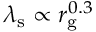
\lambda _ { \mathrm { s } } \propto r _ { \mathrm { g } } ^ { 0 . 3 }